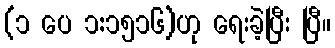
(၁ ပေ ၁:၁၅၁၆)ဟု ရေးခဲ့ပြီး ပြီ။